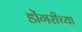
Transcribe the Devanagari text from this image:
डोंगरीच्या